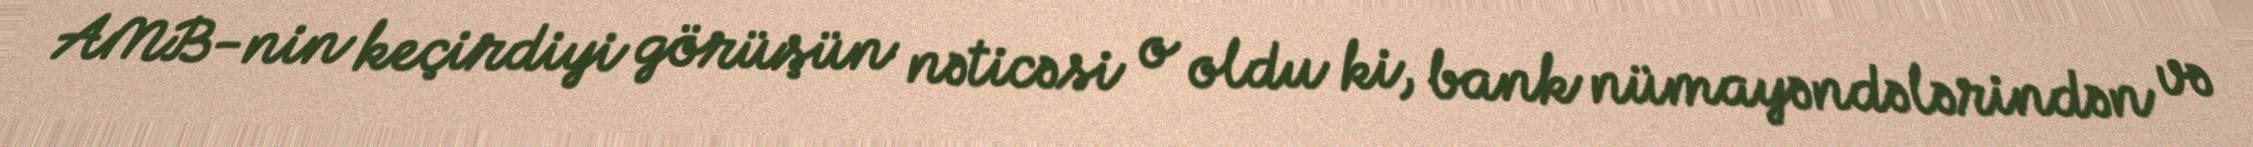
AMB-nin keçirdiyi görüşün nəticəsi o oldu ki, bank nümayəndələrindən və